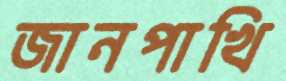
জানপাখি